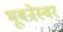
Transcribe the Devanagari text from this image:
भूबनेस्वर